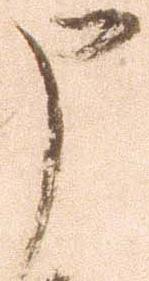
申